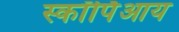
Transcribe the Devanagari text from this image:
स्कॉर्पिआय